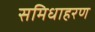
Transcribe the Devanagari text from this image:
समिधाहरण